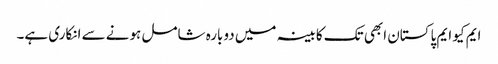
ایم کیو ایم پاکستان ابھی تک کابینہ میں دوبارہ شامل ہونے سے انکاری ہے۔